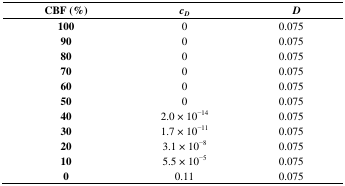
| CBF (%) | cD | D |
 | --- | --- | --- |
 | 100 | 0 | 0.075 |
 | 90 | 0 | 0.075 |
 | 80 | 0 | 0.075 |
 | 70 | 0 | 0.075 |
 | 60 | 0 | 0.075 |
 | 50 | 0 | 0.075 |
 | 40 | 2.0 × 10−14 | 0.075 |
 | 30 | 1.7 × 10−11 | 0.075 |
 | 20 | 3.1 × 10−8 | 0.075 |
 | 10 | 5.5 × 10−5 | 0.075 |
 | 0 | 0.11 | 0.075 |